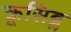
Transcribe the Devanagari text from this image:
क्रूसिब्ल